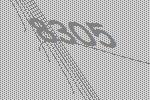
8305